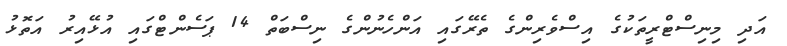
އަދި މިނިސްޓްރީތަކުގެ އިސްވެރިންގެ ތެރޭގައި އަންހެނުންގެ ނިސްބަތް 14 ޕަސެންޓްގައި އުޅޭއިރު އަތޮޅު